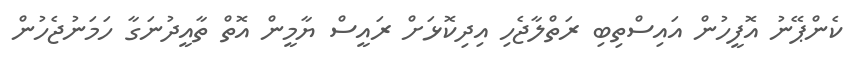
ކެންޕޭނު އޮފީހުން އައިސްތިބި ރަތްލާޖެހި އިދިކޮޅަށް ރައީސް ޔާމީން އޮތް ތާއީދުނަގާ ހަމަނުޖެހުން